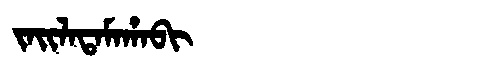
Manchu: ᠵᠠᡳᠯᠠᡨᠠᠮᠠᡥᠠᠪᡳ
Romanization: JAILATAMAHABI